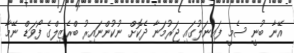
އޭނާ ބުނީ ސެމީ ފައިނަލުގައި ޖަރުމަނާ ދެކޮށް ނުކުންނައިރު ބްރެޒިލްގެ ފޯވަޑް ނޭމާ